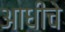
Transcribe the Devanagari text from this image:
अाधीचे